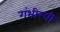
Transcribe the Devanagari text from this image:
गंभीरची